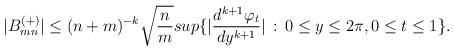
\begin{align*}|B^{(+)}_{mn}| \leq (n+m)^{-k}\sqrt{{n\over m}} sup\{|{d^{k+1}\varphi_t\over dy^{k+1}}| \,:\, 0\leq y\leq2\pi, 0\leq t\leq 1\} .\end{align*}